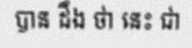
បាន ដឹង ថា នេះ ជា